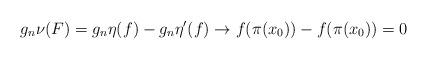
LaTeX: \begin{align*}g_{n}\nu(F) = g_{n}\eta(f) - g_{n}\eta^{\prime}(f) \to f(\pi(x_{0})) - f(\pi(x_{0})) = 0\end{align*}